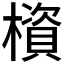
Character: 𰘹